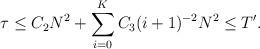
LaTeX: \begin{align*}\tau\le C_2N^2+\sum_{i=0}^K C_3(i+1)^{-2}N^2\le T'.\end{align*}